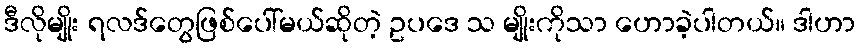
ဒီလိုမျိုး ရလဒ်တွေဖြစ်ပေါ်မယ်ဆိုတဲ့ ဥပဒေ သ မျိုးကိုသာ ဟောခဲ့ပါတယ်။ ဒါဟာ